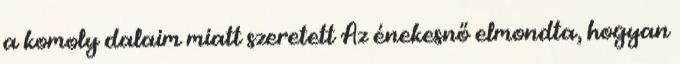
a komoly dalaim miatt szeretett Az énekesnő elmondta, hogyan